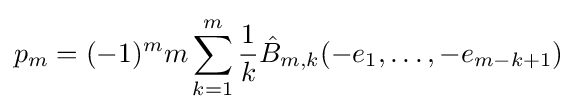
p_{m}=(-1)^{m}m\sum _{k=1}^{m}{\frac {1}{k}}{\hat {B}}_{m,k}(-e_{1},\ldots ,-e_{m-k+1})